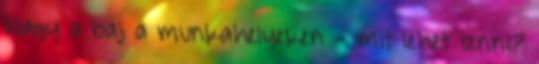
Nagy a baj a munkahelyeken - mit lehet tenni?